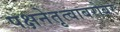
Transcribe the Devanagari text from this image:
पक्षनेतृत्वाबरोबर